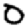
Digit: 0